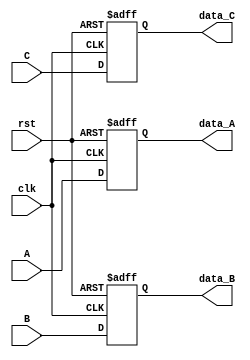
module pipeline_one (clk, rst, A, B, C, data_A, data_B, data_C);

    input clk, rst;
    input [31:0] A, B, C;
    output reg [31:0] data_A, data_B, data_C;


    always @(posedge clk , posedge rst) begin
        if(rst) begin
            data_A <= {32{1'b0}};
            data_B <= {32{1'b0}};
            data_C <= {32{1'b0}};
        end
        else begin
            data_A <= A;
            data_B <= B;
            data_C <= C;
        end
    end

endmodule